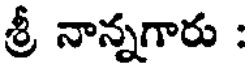
శ్రీ నాన్నగారు :